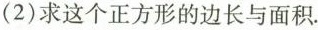
(2)求这个正方形的边长与面积.